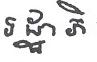
រដ្ឋាភិ